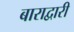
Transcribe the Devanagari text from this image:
बाराद्वारी